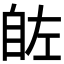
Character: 𮍗